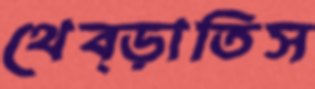
থেব্‌ড়াতিস